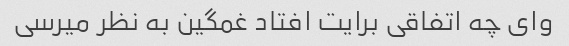
وای چه اتفاقی برایت افتاد غمگین به نظر میرسی